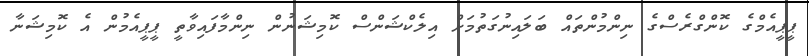
ޕީޕީއެމްގެ ކޮންގްރެސްގެ ނިންމުންތައް ބަލައިނުގަތުމަށް އިލެކްޝަންސް ކޮމިޝަނުން ނިންމާފައިވާތީ ޕީޕީއެމުން އެ ކޮމިޝަނާ